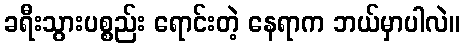
ခရီးသွားပစ္စည်း ရောင်းတဲ့ နေရာက ဘယ်မှာပါလဲ။